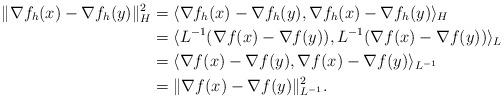
LaTeX: \begin{align*}\|\nabla f_h(x)-\nabla f_h(y)\|_H^2&=\langle \nabla f_h(x)-\nabla f_h(y),\nabla f_h(x)-\nabla f_h(y)\rangle_H\\&=\langle L^{-1}(\nabla f(x)-\nabla f(y)),L^{-1}(\nabla f(x)-\nabla f(y))\rangle_L\\&=\langle \nabla f(x)-\nabla f(y),\nabla f(x)-\nabla f(y)\rangle_{L^{-1}}\\&=\|\nabla f(x)-\nabla f(y)\|_{L^{-1}}^2.\end{align*}